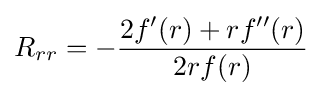
R_{rr}=-{\frac {2f'(r)+rf''(r)}{2rf(r)}}